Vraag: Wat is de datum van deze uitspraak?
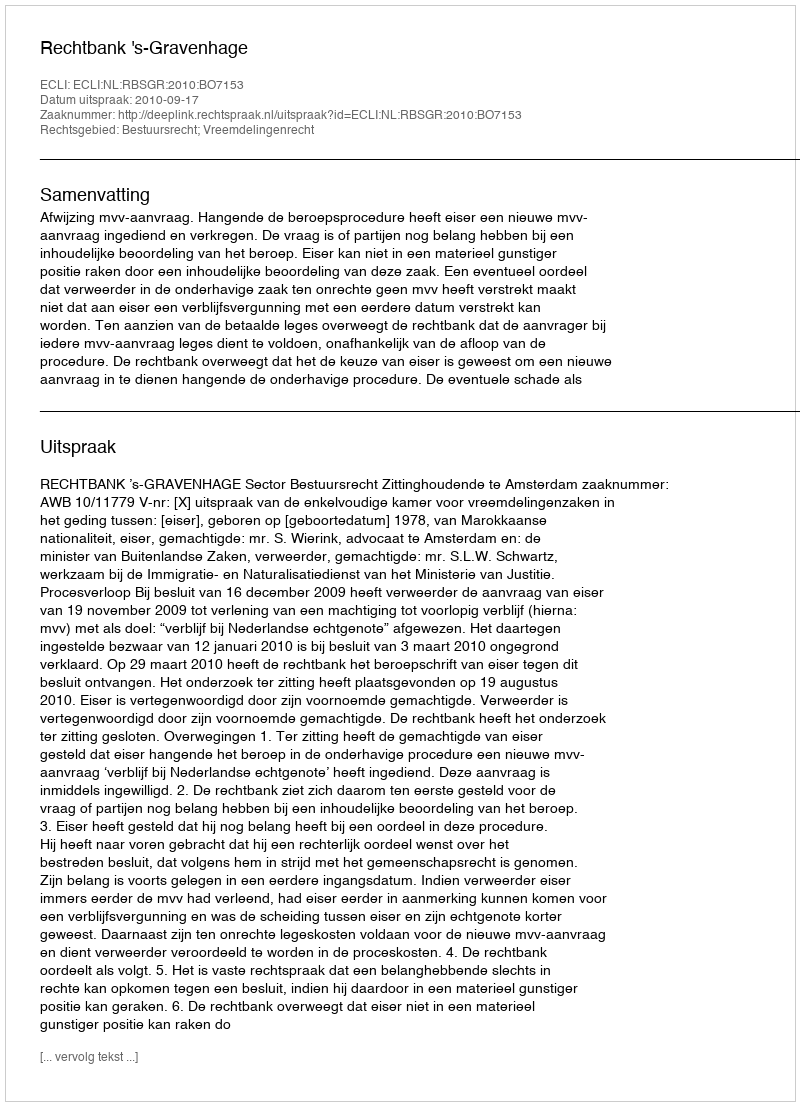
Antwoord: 2010-09-17